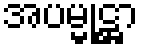
အပမ္မုဋ္ဌာ